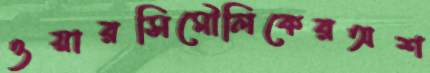
ওয়ারসিমৌলিকেরঅশ